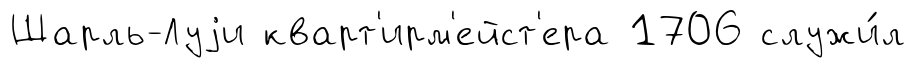
Шарль-Луjи кварт'ирм'ейст'ера 1706 служи́л